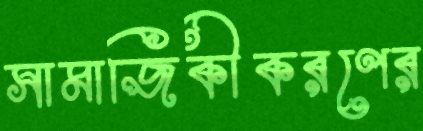
সামাজিকীকরণের